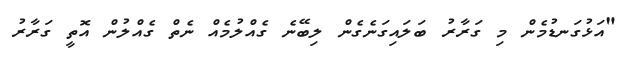
"އަޅުގަނޑުމެން މި ގަރާރު ބަލައިގަނެގެން ލިބޭނެ ގެއްލުމެއް ނެތް ގެއްލުން އޮތީ ގަރާރު